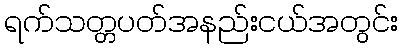
ရက်သတ္တပတ်အနည်းငယ်အတွင်း